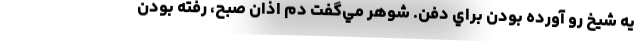
يه شيخ رو آورده بودن براي دفن. شوهر مي‌گفت دم اذان صبح، رفته بودن